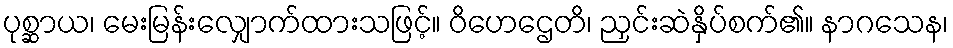
ပုစ္ဆာယ၊ မေးမြန်းလျှောက်ထားသဖြင့်။ ဝိဟေဌေတိ၊ ညှင်းဆဲနှိပ်စက်၏။ နာဂသေန၊